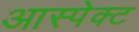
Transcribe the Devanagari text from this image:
आस्पेक्ट